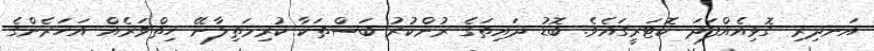
އަނދިރި ގޮޅިއެއްފަދަ ކޮޓަރީގައެވެ. ބޮޑު ދައިތަގެ ރުންކުރު ބަސްތަކާ ކުރިމަތިލާނޭ ހިތްވަރެއް އަހަރެންގެ